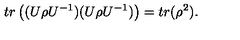
t r \left( ( U \rho U ^ { - 1 } ) ( U \rho U ^ { - 1 } ) \right) = t r ( \rho ^ { 2 } ) .